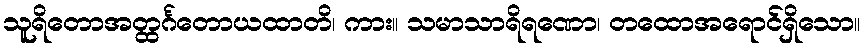
သူရိတောအတ္ထင်္ဂတောယထာတိ၊ ကား။ သမာသာရိရဏော၊ တထောအရောင်ရှိသော။